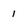
Character: i